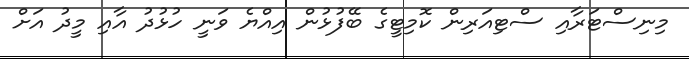
މިނިސްޓަރާއި ސްޓިއަރިން ކޮމިޓީގެ ބޭފުޅުން އިއްޔެ ވަނީ ހުޅުދު އާއި މީދު އަށް